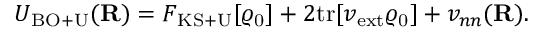
{ \displaystyle U _ { \mathrm { B O + U } } ( { \bf R } ) = F _ { \mathrm { K S + U } } [ \varrho _ { \mathrm { 0 } } ] + 2 \mathrm { t r } [ v _ { \mathrm { e x t } } \varrho _ { \mathrm { 0 } } ] + v _ { n n } ( { \bf R } ) } .